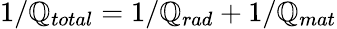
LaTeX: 1/\mathbb{Q}_{total}=1/\mathbb{Q}_{rad}+1/\mathbb{Q}_{mat}